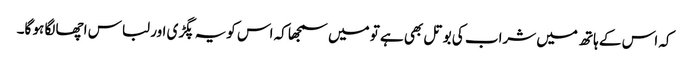
کہ اس کے ہاتھ میں شراب کی بوتل بھی ہے تو میں سمجھا کہ اس کویہ پگڑی اور لباس اچھا لگا ہو گا۔